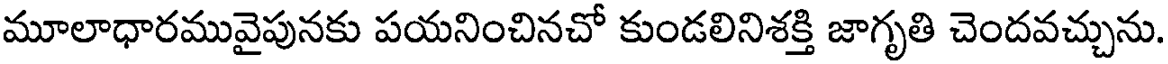
మూలాధారమువైపునకు పయనించినచో కుండలినిశక్తి జాగృతి చెందవచ్చును.